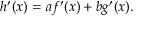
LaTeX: h ^ { \prime } ( x ) = a f ^ { \prime } ( x ) + b g ^ { \prime } ( x ) .